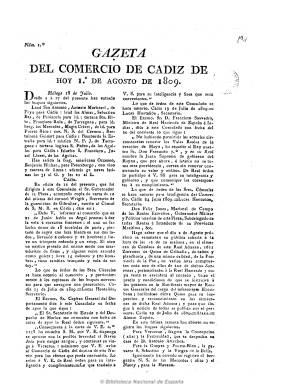
Título: Gazeta del comercio de Cádiz
Otros títulos: Gaceta del Comercio de Cádiz
Colección: Gacetas
Ámbito geográfico: Cádiz
Lugar de publicación: Cádiz
Fechas: 01/08/1809-26/08/1809

Tras la derrota francesa en Bailén, comenzó a publicarse el uno de agosto de 1809 en la imprenta de la Viuda de Comes, con Real privilegio, probablemente con frecuencia bisemanal (martes y viernes), en números de cuatro páginas y a dos columnas. Preferentemente con noticias de España, del extranjero y locales de carácter mercantil y sobre las guerras napoleónicas. A finales de 1810 se incorpora como redactor el diputado Justo Pastor Pérez, que le dará un carácter más político, iniciando una temprana campaña y polémica contra la libertad de imprenta y los liberales, especialmente contra El conciso, pasando de ser un periódico independiente y patriótico a inclinarse totalmente al campo antirreformista y servil. Editó frecuentes suplementos y extraordinarios, generalmente de una hoja, y pudo estar publicándose hasta finales de enero de 1811.